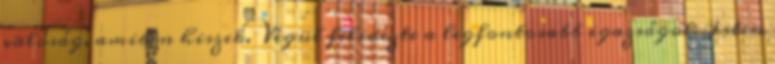
valóság, amiben hiszek. Végül felidézte a legfontosabb igazságot: Isten